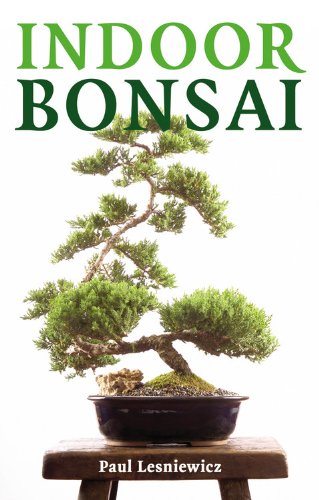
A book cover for Indoor Bonsai; Paul Lesniewicz; Crafts, Hobbies & Home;